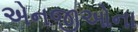
એનજીઓના